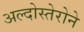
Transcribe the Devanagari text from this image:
अल्दोस्तेरोने